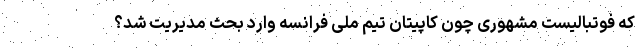
که فوتبالیست مشهوری چون کاپیتان تیم ملی فرانسه وارد بحث مدیریت شد؟